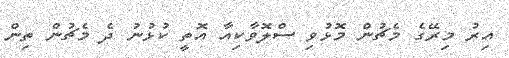
އިރު މިރޭގެ މެޗުން މޮޅުވި ސްލޮވާކިއާ އޮތީ ކުޅުނު ދެ މެޗުން ތިން